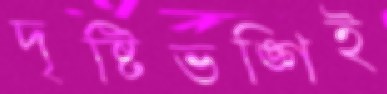
দৃষ্টিভঙ্গিই